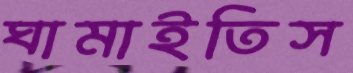
ঘামাইতিস